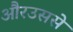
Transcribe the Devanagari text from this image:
औरउससे